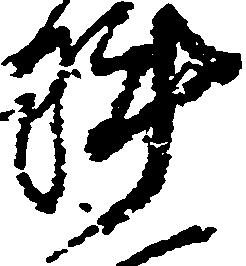
陣